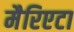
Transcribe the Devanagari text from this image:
मैरिएटा